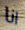
انا